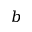
b